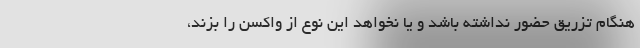
هنگام تزریق حضور نداشته باشد و یا نخواهد این نوع از واکسن را بزند،